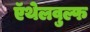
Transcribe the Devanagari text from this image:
ऍथेलवुल्फ